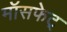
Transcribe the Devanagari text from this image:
मॉसफेट्